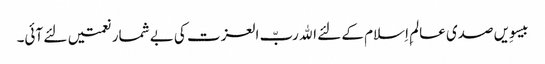
بیسوِیں صدی عالمِ اِسلام کے لئے اﷲ ربّ العزت کی بے شمار نعمتیں لئے آئی۔